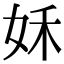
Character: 姀